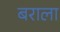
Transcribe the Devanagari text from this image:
बराला